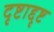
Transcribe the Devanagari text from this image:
दृष्टाद्दृष्ट